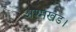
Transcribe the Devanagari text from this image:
अश्मखंड।